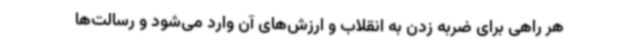
هر راهی برای ضربه زدن به انقلاب و ارزش‌های آن وارد می‌شود و رسالت‌ها